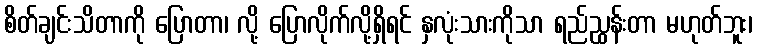
စိတ်ချင်းသိတာကို ပြောတာ၊ လို့ ပြောလိုက်လို့ရှိရင် နှလုံးသားကိုသာ ရည်ညွှန်းတာ မဟုတ်ဘူး၊